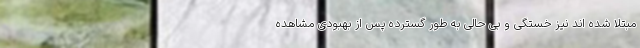
مبتلا شده اند نیز خستگی و بی حالی به طور گسترده پس از بهبودی مشاهده